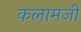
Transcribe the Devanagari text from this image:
कलामजी